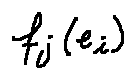
f _ { j } ( e _ { i } )